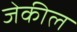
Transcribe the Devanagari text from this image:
जेकील